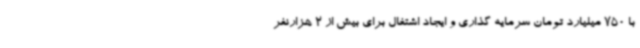
با 750 میلیارد تومان سرمایه گذاری و ایجاد اشتغال برای بیش از 2 هزارنفر